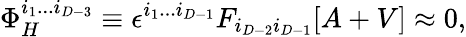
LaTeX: \Phi_{H}^{i_{1}...i_{D-3}}\equiv\epsilon^{i_{1}...i_{D-1}}F_{i_{D-2}i_{D-1}}[A+V]\approx 0,